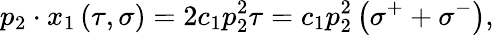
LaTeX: p_{2}\cdot x_{1}\left(\tau,\sigma\right)=2c_{1}p_{2}^{2}\tau=c_{1}p_{2}^{2}\left(\sigma^{+}+\sigma^{-}\right),